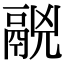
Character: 𩰷